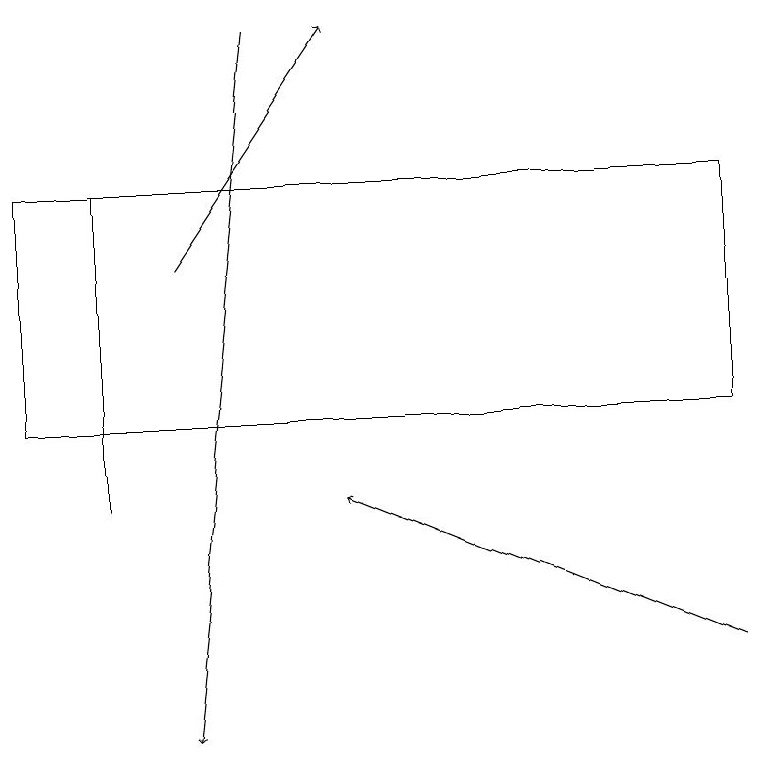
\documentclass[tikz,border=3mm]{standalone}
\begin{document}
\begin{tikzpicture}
\draw (1,13) rectangle (1,17);
\draw[->] (9,11) -- (4,13);
\draw[->] (2,16) -- (4,19);
\draw[->] (3,19) -- (2,10);
\draw (9,17) rectangle (0,14);
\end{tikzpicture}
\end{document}